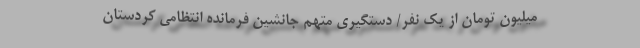
میلیون تومان از یک نفر/ دستگیری متهم جانشین فرمانده انتظامی کردستان